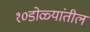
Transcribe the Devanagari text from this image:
१०डोळ्यांतील